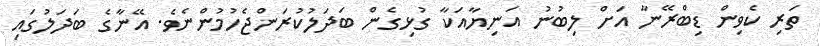
ތަރި ކެވިން ޑިބްރޭނާ އަށް ލިބުނު އަނިޔާއަކާ ގުޅިގެން ބަދަލުކުރަންޖެހުމުންނެވެ. އޭނާގެ ބަދަލުގައި